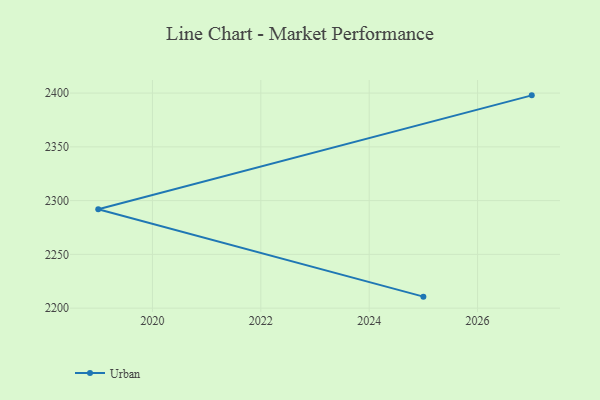
{"axis": {"x": "Year", "y": "Page Views"}, "legend": ["Urban"], "data": [{"x": "2025", "y": 2210.7, "type": "Urban"}, {"x": "2019", "y": 2292.0, "type": "Urban"}, {"x": "2027", "y": 2397.9, "type": "Urban"}]}